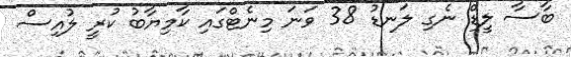
ބާސާ ލީޑް ނެގި ލަނޑު 38 ވަނަ މިނެޓްގައި ކާމިޔާބު ކުރީ ލުއިސް